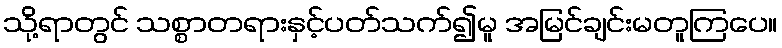
သို့ရာတွင် သစ္စာတရားနှင့်ပတ်သက်၍မူ အမြင်ချင်းမတူကြပေ။